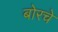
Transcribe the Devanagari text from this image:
बोरचे